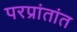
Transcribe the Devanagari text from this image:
परप्रांतांत